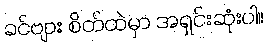
ခင်ဗျား စိတ်ထဲမှာ အရှင်းဆုံးပါ။